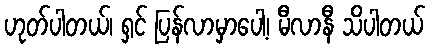
ဟုတ်ပါတယ်၊ ရှင် ပြန်လာမှာပေါ့၊ မီလာနီ သိပါတယ်